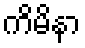
ကိမိနာ